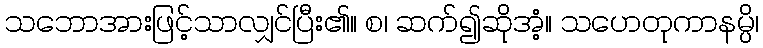
သဘောအားဖြင့်သာလျှင်ပြီး၏။ စ၊ ဆက်၍ဆိုအံ့။ သဟေတုကာနမ္ပိ၊